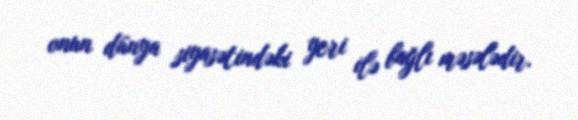
onun dünya siyasətindəki yeri ilə bağlı məsələdir.